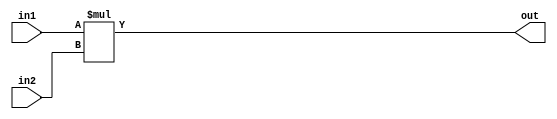
`timescale 10ns/1ns 
/*****************************************************************************
    Verilog RTL Description
    
    
    Created by: Stratus DpOpt 2019.1.04 
*******************************************************************************/

//module MUL #(parameter N=8)
module MUL
    (
	in2,
	in1,
	out
	); /* architecture "behavioural" */ 
input [31:0] in2,in1;
output [63:0] out;
wire [63:0] asc001;

assign asc001 = (in1 * in2);

assign out = asc001;
endmodule

/* CADENCE  urb2Tg8= : u9/ySgnWtBlWxVbRXgAU4eg= ** DO NOT EDIT THIS LINE ******/